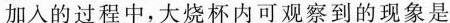
加入的过程中，大烧杯内可观察到的现象是